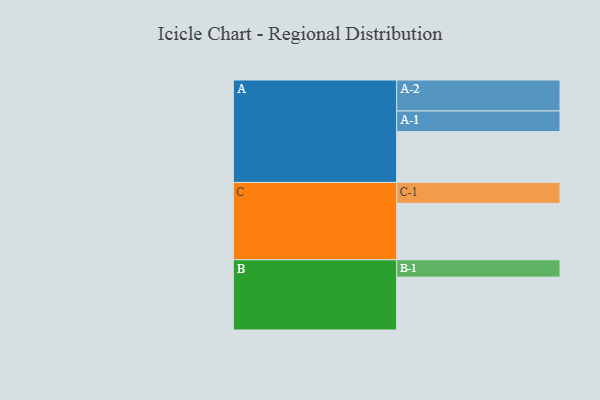
{"axis": {"x": "Segment", "y": "Value"}, "legend": ["", "A", "B", "C"], "data": [{"x": "A", "y": 445, "type": ""}, {"x": "B", "y": 463, "type": ""}, {"x": "C", "y": 494, "type": ""}, {"x": "A-1", "y": 181, "type": "A"}, {"x": "A-2", "y": 271, "type": "A"}, {"x": "B-1", "y": 152, "type": "B"}, {"x": "C-1", "y": 183, "type": "C"}]}